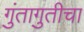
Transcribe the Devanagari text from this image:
गुंतागुतीचा